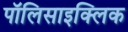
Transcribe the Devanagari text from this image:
पॉलिसाइक्लिक